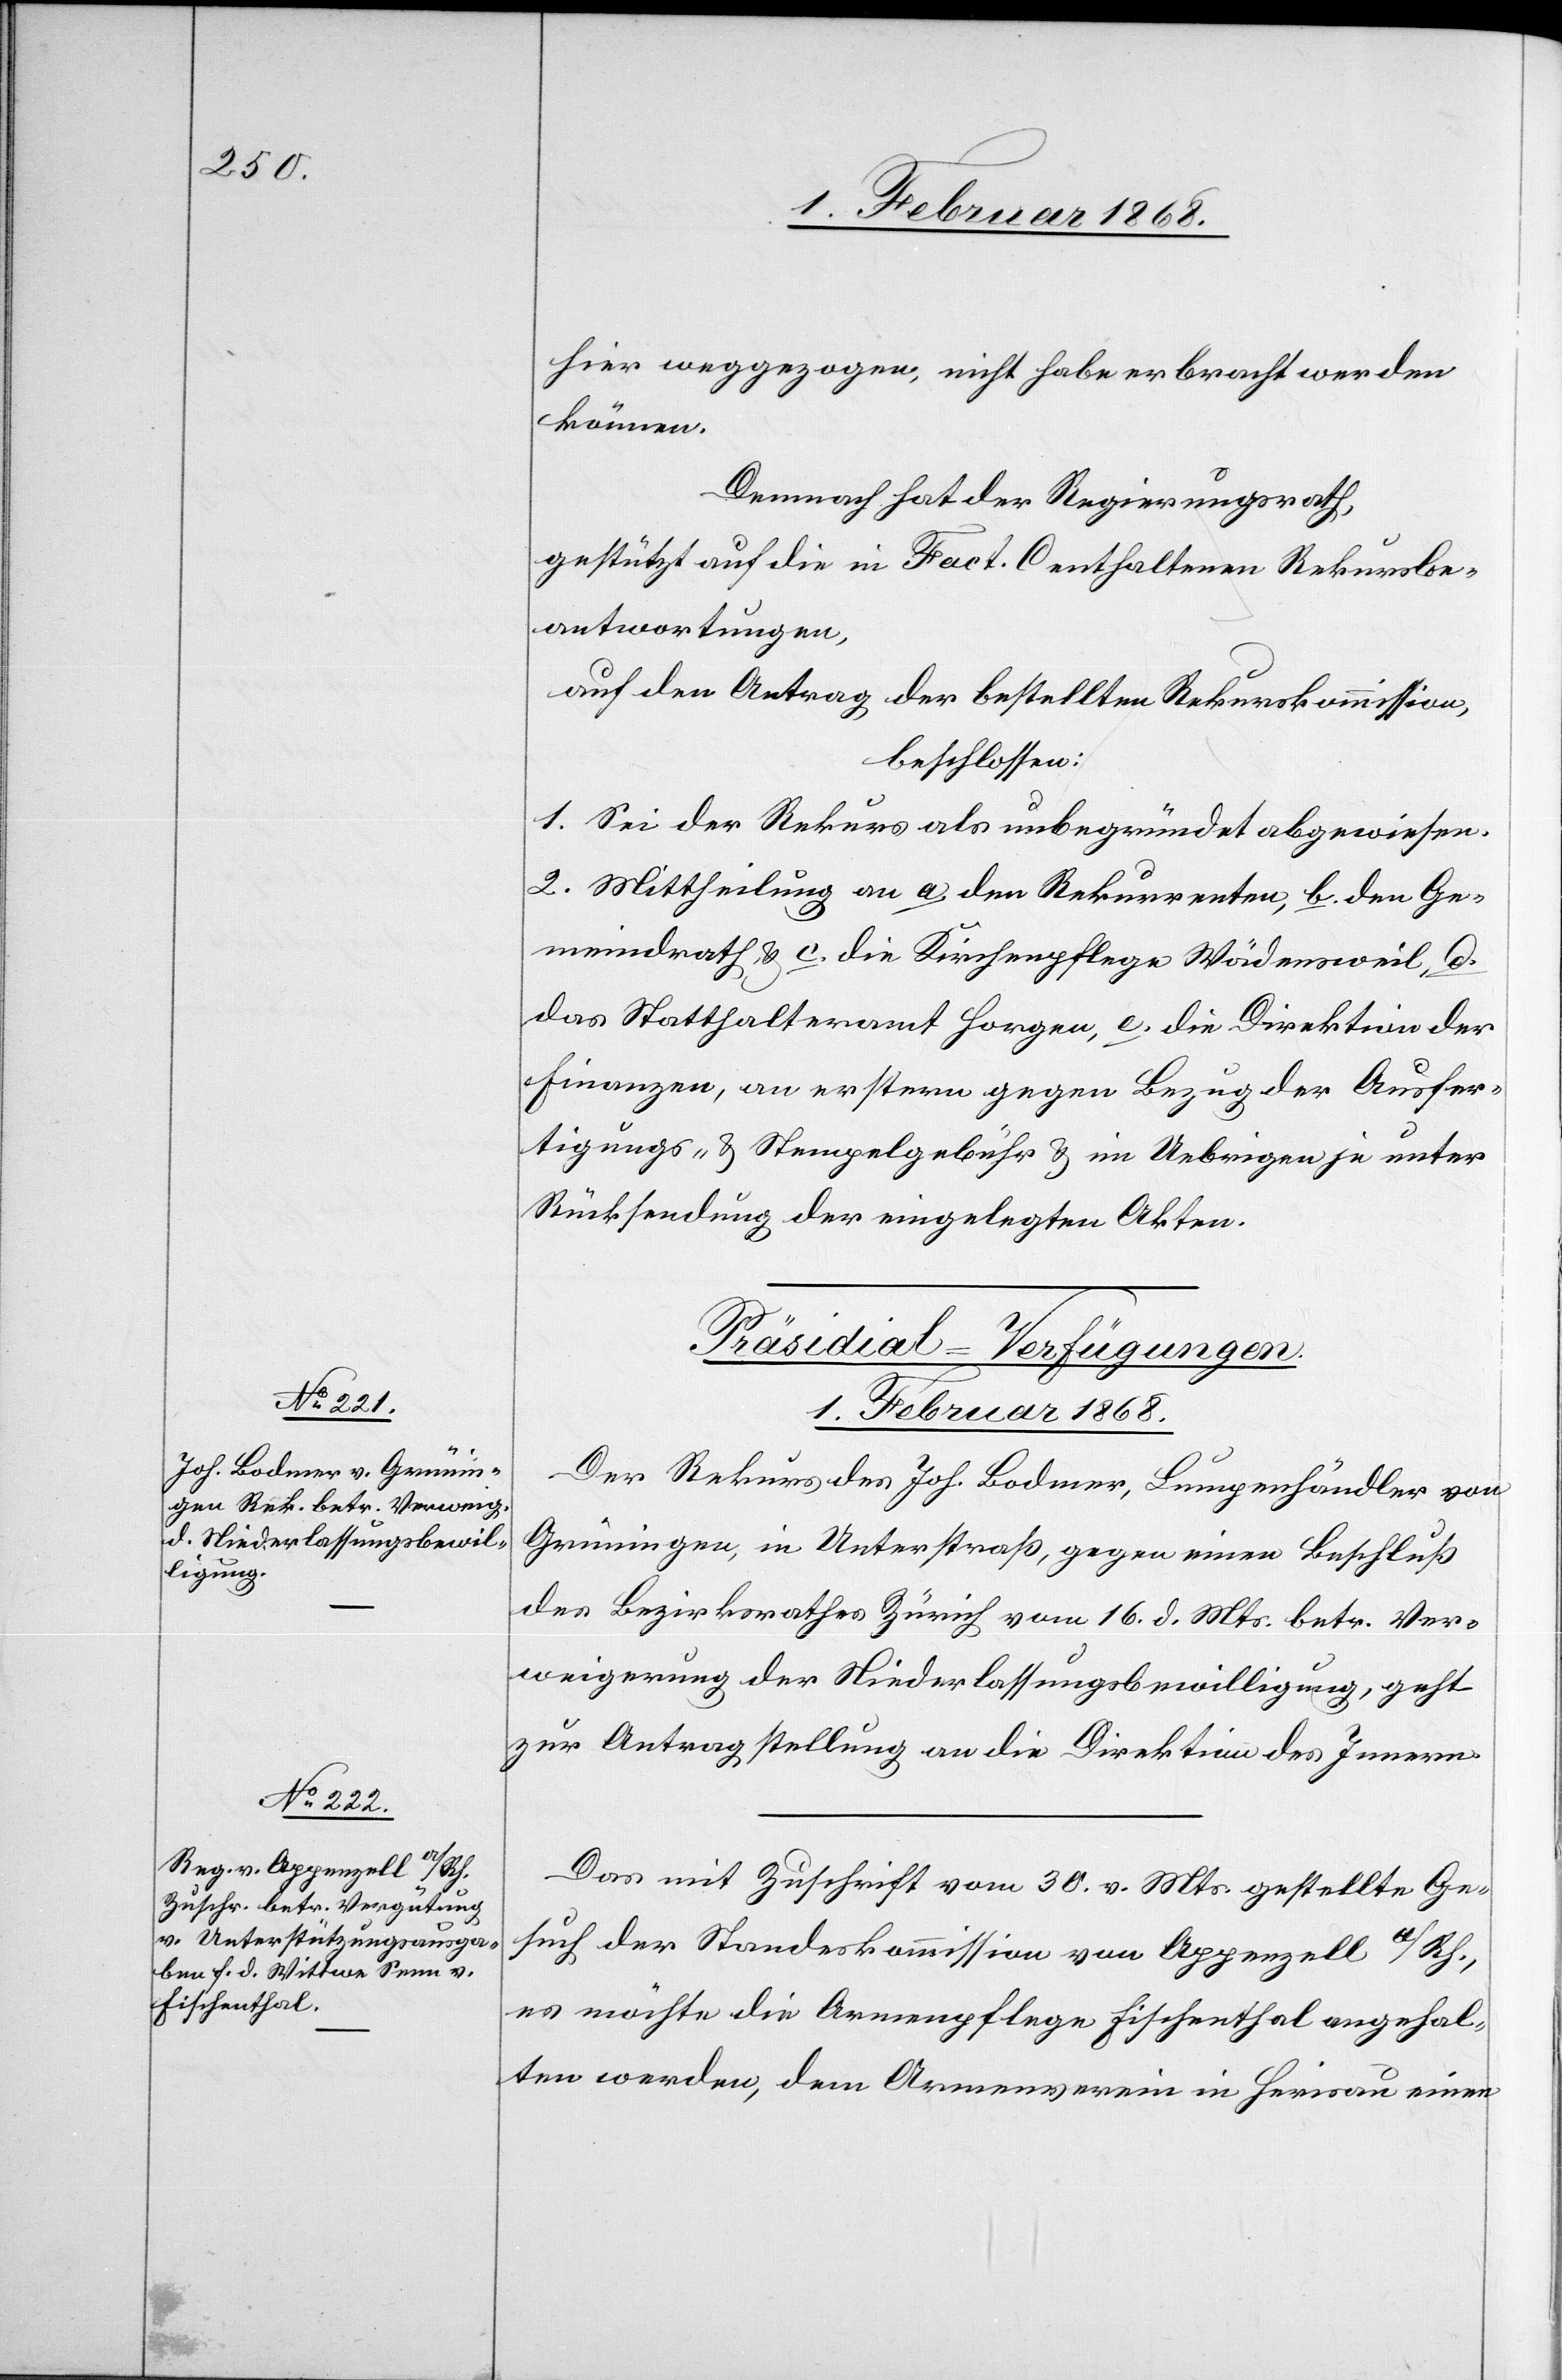
hier weggezogen, nicht habe erbracht werden
können.
Demnach hat der Regierungsrath,
gestützt auf die in Fact. C enthaltenen Rekursbe¬
antwortungen,
auf den Antrag der bestellten Rekurskommission,
beschlossen:
1. Sei der Rekurs als unbegründet abgewiesen.
2. Mittheilung an a. den Rekurrenten, b. den Ge¬
meindrath, & c. die Kirchenpflege Wädensweil, d.
das Statthalteramt Horgen, e. die Direktion der
Finanzen, an erstern gegen Bezug der Ausfer¬
tigungs- & Stempelgebühr & im Uebrigen je unter
Rücksendung der eingelegten Akten.
[Präsidial-Verfügungen.
1. Februar 1868.]
Der Rekurs des Joh. Bodmer, Lumpenhändler von
Grüningen, in Unterstraß, gegen einen Beschluß
des Bezirksrathes Zürich vom 16. d. Mts. betr. Ver¬
weigerung der Niederlassungsbewilligung, geht
zur Antragstellung an die Direktion des Innern.
Das mit Zuschrift vom 30. v. Mts. gestellte Ge¬
such der Standeskommission von Appenzell a/Rh.,
es möchte die Armenpflege Fischenthal angehal¬
ten werden, dem Armenverein in Herisau einen